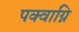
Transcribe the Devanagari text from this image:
पक्वाग्नि